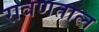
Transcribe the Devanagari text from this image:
रावणताल